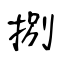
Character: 捌